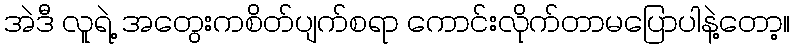
အဲဒီ လူရဲ့ အတွေးကစိတ်ပျက်စရာ ကောင်းလိုက်တာမပြောပါနဲ့တော့။